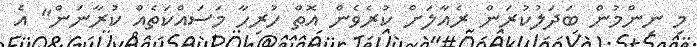
މި ނިންމުން ބަދަލުކުރަން ރެއާލަށް ކުރެވެން އޮތް ހުރިހާ މަސައްކަތެއް ކުރާނަން" އެ